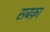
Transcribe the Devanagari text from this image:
सबक़ा